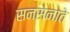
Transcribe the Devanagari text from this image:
सनसनाते